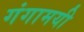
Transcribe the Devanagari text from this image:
गंगामयी